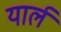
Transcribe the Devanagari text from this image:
यार्ल